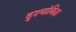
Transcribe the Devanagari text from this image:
दृश्यांकित